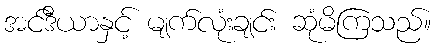
အင်ဒီယာနှင့် မျက်လုံးချင်း ဆုံမိကြသည်။